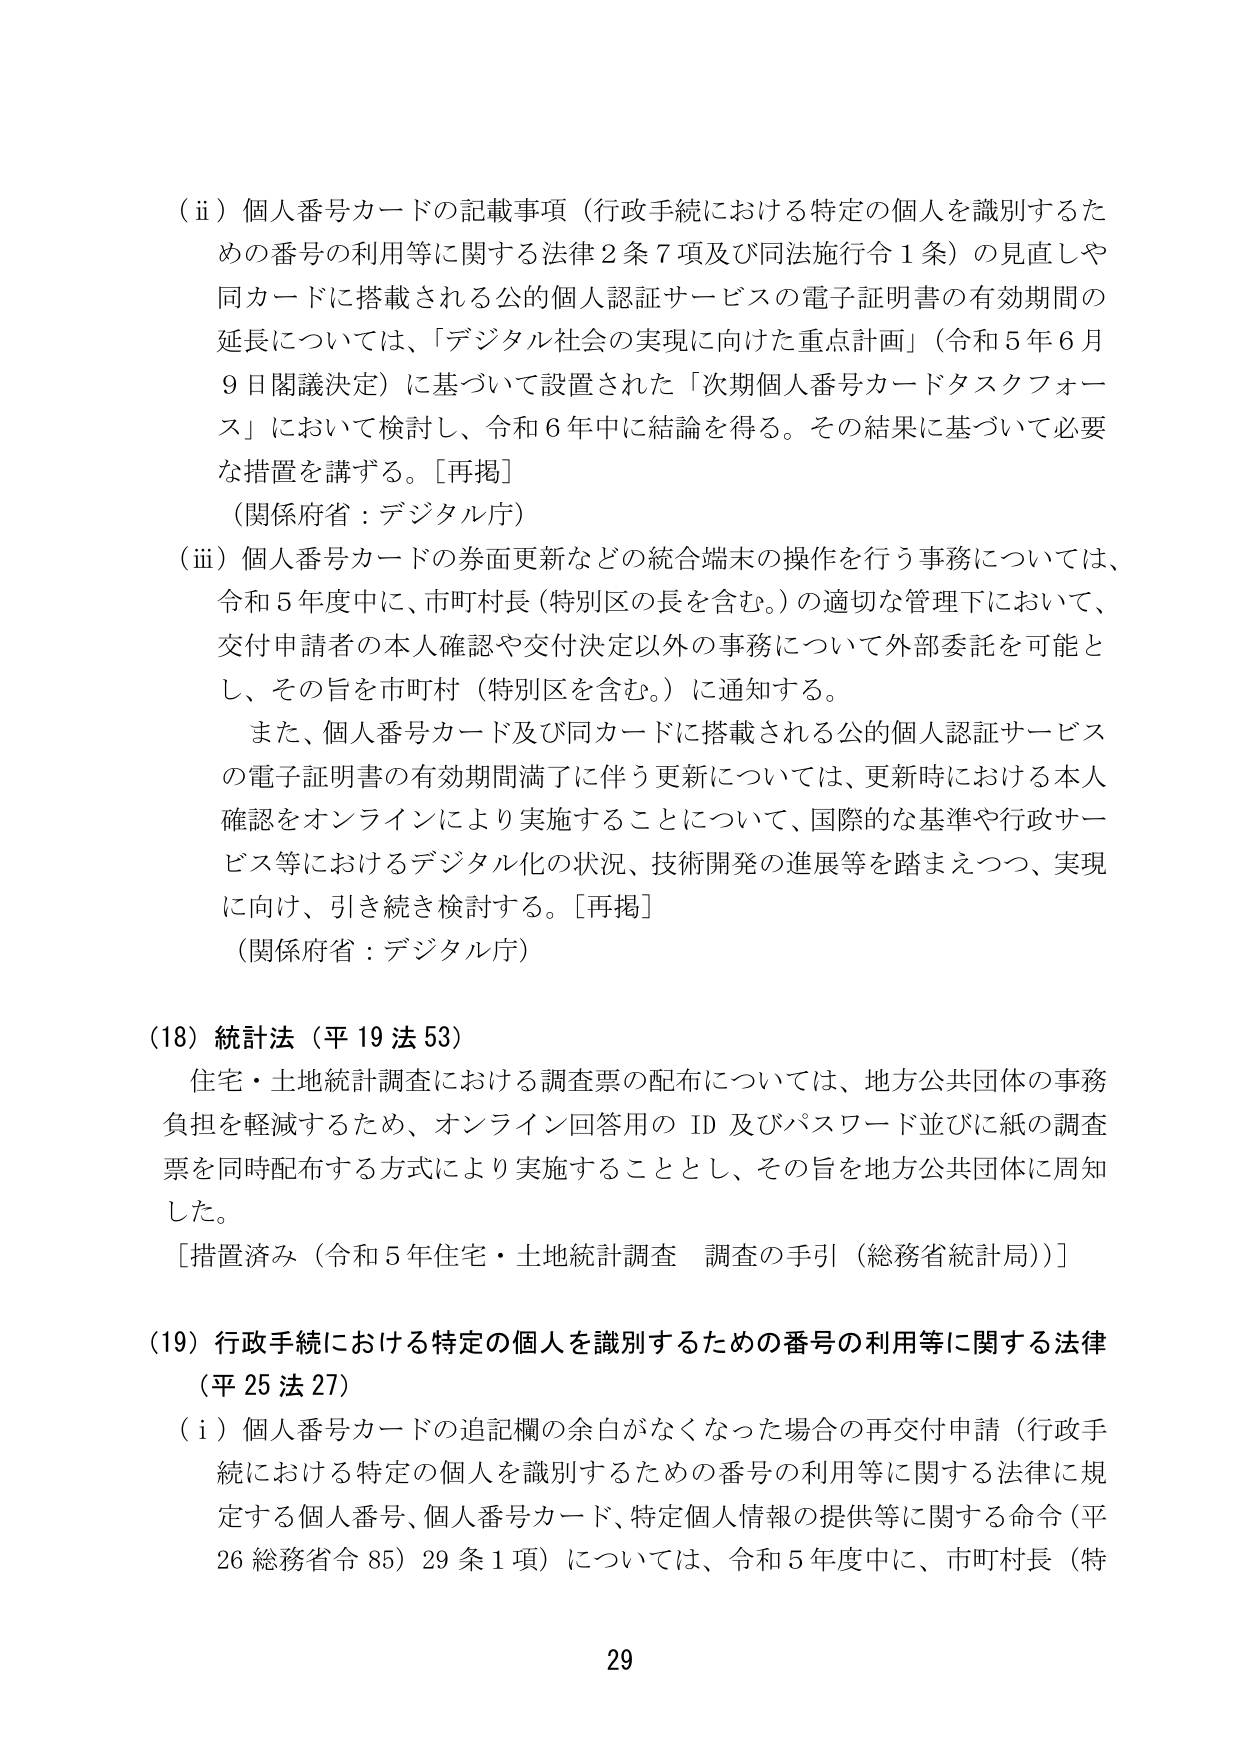
（ii）個人番号カードの記載事項（行政手続における特定の個人を識別するための番号の利用等に関する法律２条７項及び同法施行令１条）の見直しや同カードに搭載される公的個人認証サービスの電子証明書の有効期間の延長については、「デジタル社会の実現に向けた重点計画」（令和５年６月９日閣議決定）に基づいて設置された「次期個人番号カードタスクフォース」において検討し、令和６年中に結論を得る。その結果に基づいて必要な措置を講ずる。［再掲］
（関係府省：デジタル庁）

（iii）個人番号カードの券面更新などの統合端末の操作を行う事務については、令和５年度中に、市町村長（特別区の長を含む。）の適切な管理下において、交付申請者の本人確認や交付決定以外の事務について外部委託を可能とし、その旨を市町村（特別区を含む。）に通知する。
　また、個人番号カード及び同カードに搭載される公的個人認証サービスの電子証明書の有効期間満了に伴う更新については、更新時における本人確認をオンラインにより実施することについて、国際的な基準や行政サービス等におけるデジタル化の状況、技術開発の進展等を踏まえつつ、実現に向け、引き続き検討する。［再掲］
（関係府省：デジタル庁）

（18）統計法（平19法53）
　住宅・土地統計調査における調査票の配布については、地方公共団体の事務負担を軽減するため、オンライン回答用のID及びパスワード並びに紙の調査票を同時配布する方式により実施することとし、その旨を地方公共団体に周知した。
［措置済み（令和５年住宅・土地統計調査 調査の手引（総務省統計局））］

（19）行政手続における特定の個人を識別するための番号の利用等に関する法律（平25法27）
（i）個人番号カードの追記欄の余白がなくなった場合の再交付申請（行政手続における特定の個人を識別するための番号の利用等に関する法律に規定する個人番号、個人番号カード、特定個人情報の提供等に関する命令（平26総務省令85）29条1項）については、令和５年度中に、市町村長（特

29